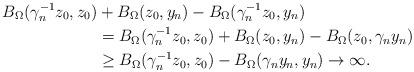
LaTeX: \begin{align*}B_\Omega(\gamma_n^{-1}z_0, z_0) &+ B_\Omega(z_0, y_n) - B_\Omega(\gamma_n^{-1} z_0, y_n) \\& = B_\Omega(\gamma_n^{-1}z_0, z_0) + B_\Omega(z_0, y_n) - B_\Omega(z_0, \gamma_n y_n) \\& \geq B_\Omega(\gamma_n^{-1}z_0, z_0) - B_\Omega(\gamma_n y_n, y_n) \rightarrow \infty.\end{align*}